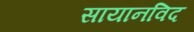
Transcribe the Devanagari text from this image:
सायानविद